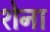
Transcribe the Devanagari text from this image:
शेना